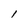
Character: 1